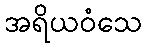
အရိယဝံသေ